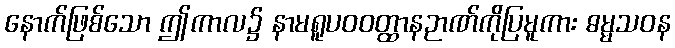
နောက်ဖြစ်သော ဤကာလ၌ နာမရူပဝဝတ္ထာနဉာဏ်ကိုပြမူကား ဓမ္မသဝန